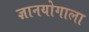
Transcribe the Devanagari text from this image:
ज्ञानयोगाला